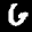
Label: 6